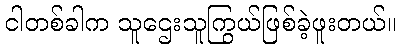
ငါတစ်ခါက သူဌေးသူကြွယ်ဖြစ်ခဲ့ဖူးတယ်။